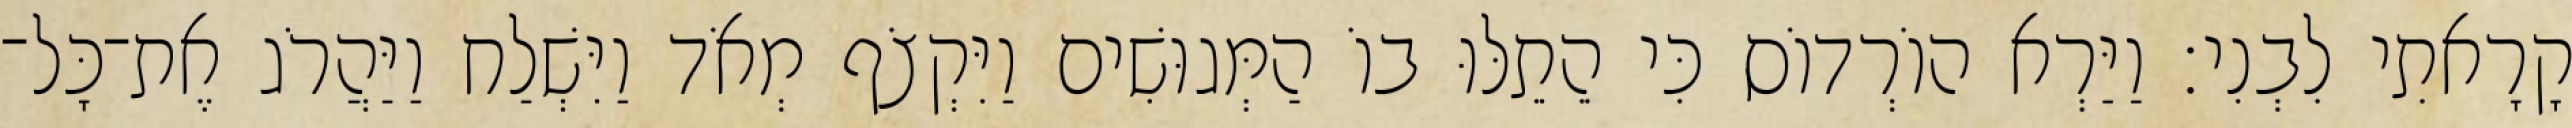
קָרָאתִי לִבְנִי׃ וַיַּרְא הוֹרְדוֹס כִּי הֵתֵלּוּ בוֹ הַמְּגוּשִׁים וַיִּקְצֹף מְאֹד וַיִּשְׁלַח וַיַּהֲרֹג אֶת־כָּל־